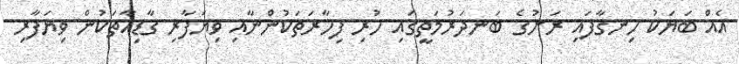
އެއް ބަޔަކު ހިނގާފައި ރަށުގެ ބަނދަރުމަތީގައި ހުރި ފިހާރަތަކުންނާއި ވިޔަފާރި ގާޑިއާތަކުން ވިޔަފާރި